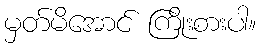
မှတ်မိအောင် ကြိုးစားပါ။